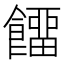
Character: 𩞷